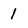
Character: 1